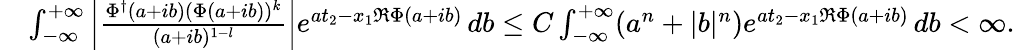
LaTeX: \begin{array}{rl}&{\int_{-\infty}^{+\infty}\left|\frac{\Phi^{\dagger}(a+ib)(\Phi(a+ib))^{k}}{(a+ib)^{1-l}}\right|e^{at_{2}-x_{1}\Re\Phi(a+ib)}\, db\leq C\int_{-\infty}^{+\infty}(a^{n}+|b|^{n})e^{at_{2}-x_{1}\Re\Phi(a+ib)}\, db<\infty.}\end{array}